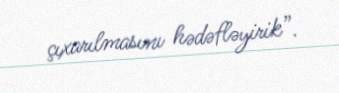
çıxarılmasını hədəfləyirik”.